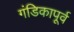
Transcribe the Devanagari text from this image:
गंडिकापूर्व